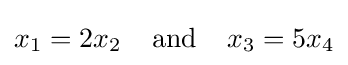
x_{1}=2x_{2}\;\;\;\;{\text{and}}\;\;\;\;x_{3}=5x_{4}